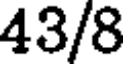
43/8